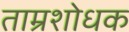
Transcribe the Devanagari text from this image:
ताम्रशोधक